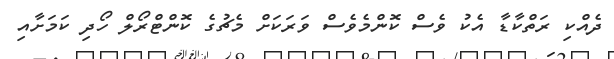
ދެއްކި ރަތްކާޑާ އެކު ވެސް ކޮންމެވެސް ވަރަކަށް މެޗުގެ ކޮންޓްރޯލް ހޯދި ކަމަށާއި